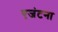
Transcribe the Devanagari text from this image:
एजंटना